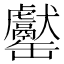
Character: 𦉧